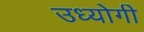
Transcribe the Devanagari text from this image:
उध्योगी